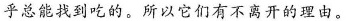
乎总能找到吃的。所以它们有不离开的理由。